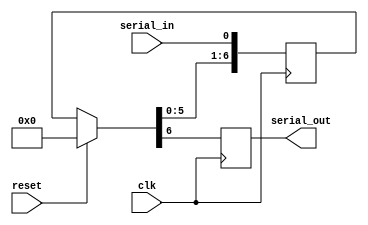
module task02(
	output reg serial_out,
	input serial_in,
	input clk,
	input reset
);
    reg [7:0] memory;
    always @ (posedge clk) begin
        if (reset == 1'b1) begin
            memory = 8'b00000000;
            memory[0] = serial_in;
        end
        else begin
            memory = memory << 1;
            memory[0] = serial_in;
        end
	// TODO
	   serial_out = memory[7];
    end
endmodule